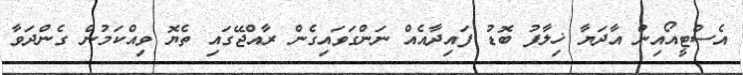
އެސްޓީއޯއިން އާދަޔާ ޚިލާފު ބޮޑު ފައިދާއެއް ނަންގަވައިގެން ރާއްޖޭގައި ތެޔޮ ވިއްކަމުން ގެންދަވާ